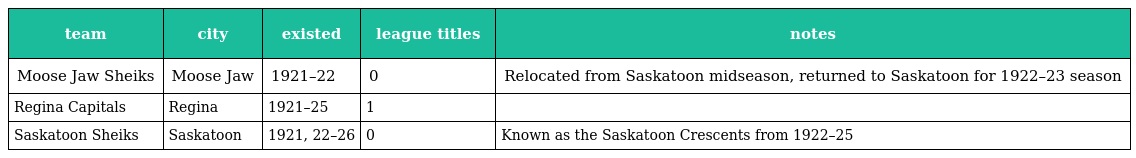
| team | city | existed | league titles | notes |
 | --- | --- | --- | --- | --- |
 | Moose Jaw Sheiks | Moose Jaw | 1921–22 | 0 | Relocated from Saskatoon midseason, returned to Saskatoon for 1922–23 season |
 | Regina Capitals | Regina | 1921–25 | 1 |  |
 | Saskatoon Sheiks | Saskatoon | 1921, 22–26 | 0 | Known as the Saskatoon Crescents from 1922–25 |